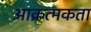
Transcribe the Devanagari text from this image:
आक्रत्मकता